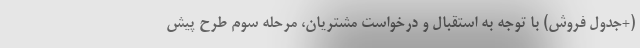
(+جدول فروش) با توجه به استقبال و درخواست مشتریان، مرحله سوم طرح پیش